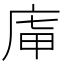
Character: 𢈤